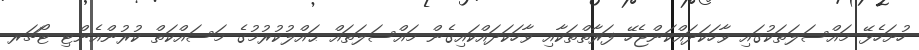
ހުށަހެޅޭ މައްސަލަތަކުގައި ވާހަކަދައްކަންޖެހޭ ފަރާތްތަކާއި ވާހަކަދައްކައިގެން މައްސަލަތައް ޙައްލުކުރުމުގެ މަސައްކަތް ކުރުންއެންޓި ޓޯޗަރ